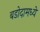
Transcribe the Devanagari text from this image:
बडोदामध्ये